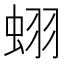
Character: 蛡